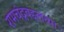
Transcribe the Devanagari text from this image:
रामचंद्रबद्दलच्या